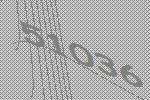
51036